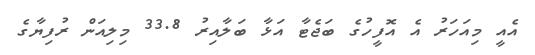
އެއީ މިއަހަރު އެ އޮފީހުގެ ބަޖެޓާ އަޅާ ބަލާއިރު 33.8 މިލިއަން ރުފިޔާގެ